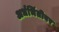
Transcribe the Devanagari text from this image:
अर्धभिंतीवर